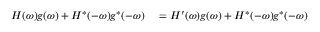
\begin{array} { r l } { H ( \omega ) g ( \omega ) + H ^ { * } ( - \omega ) g ^ { * } ( - \omega ) } & { { } = H ^ { \prime } ( \omega ) g ( \omega ) + H ^ { * } ( - \omega ) g ^ { * } ( - \omega ) } \end{array}